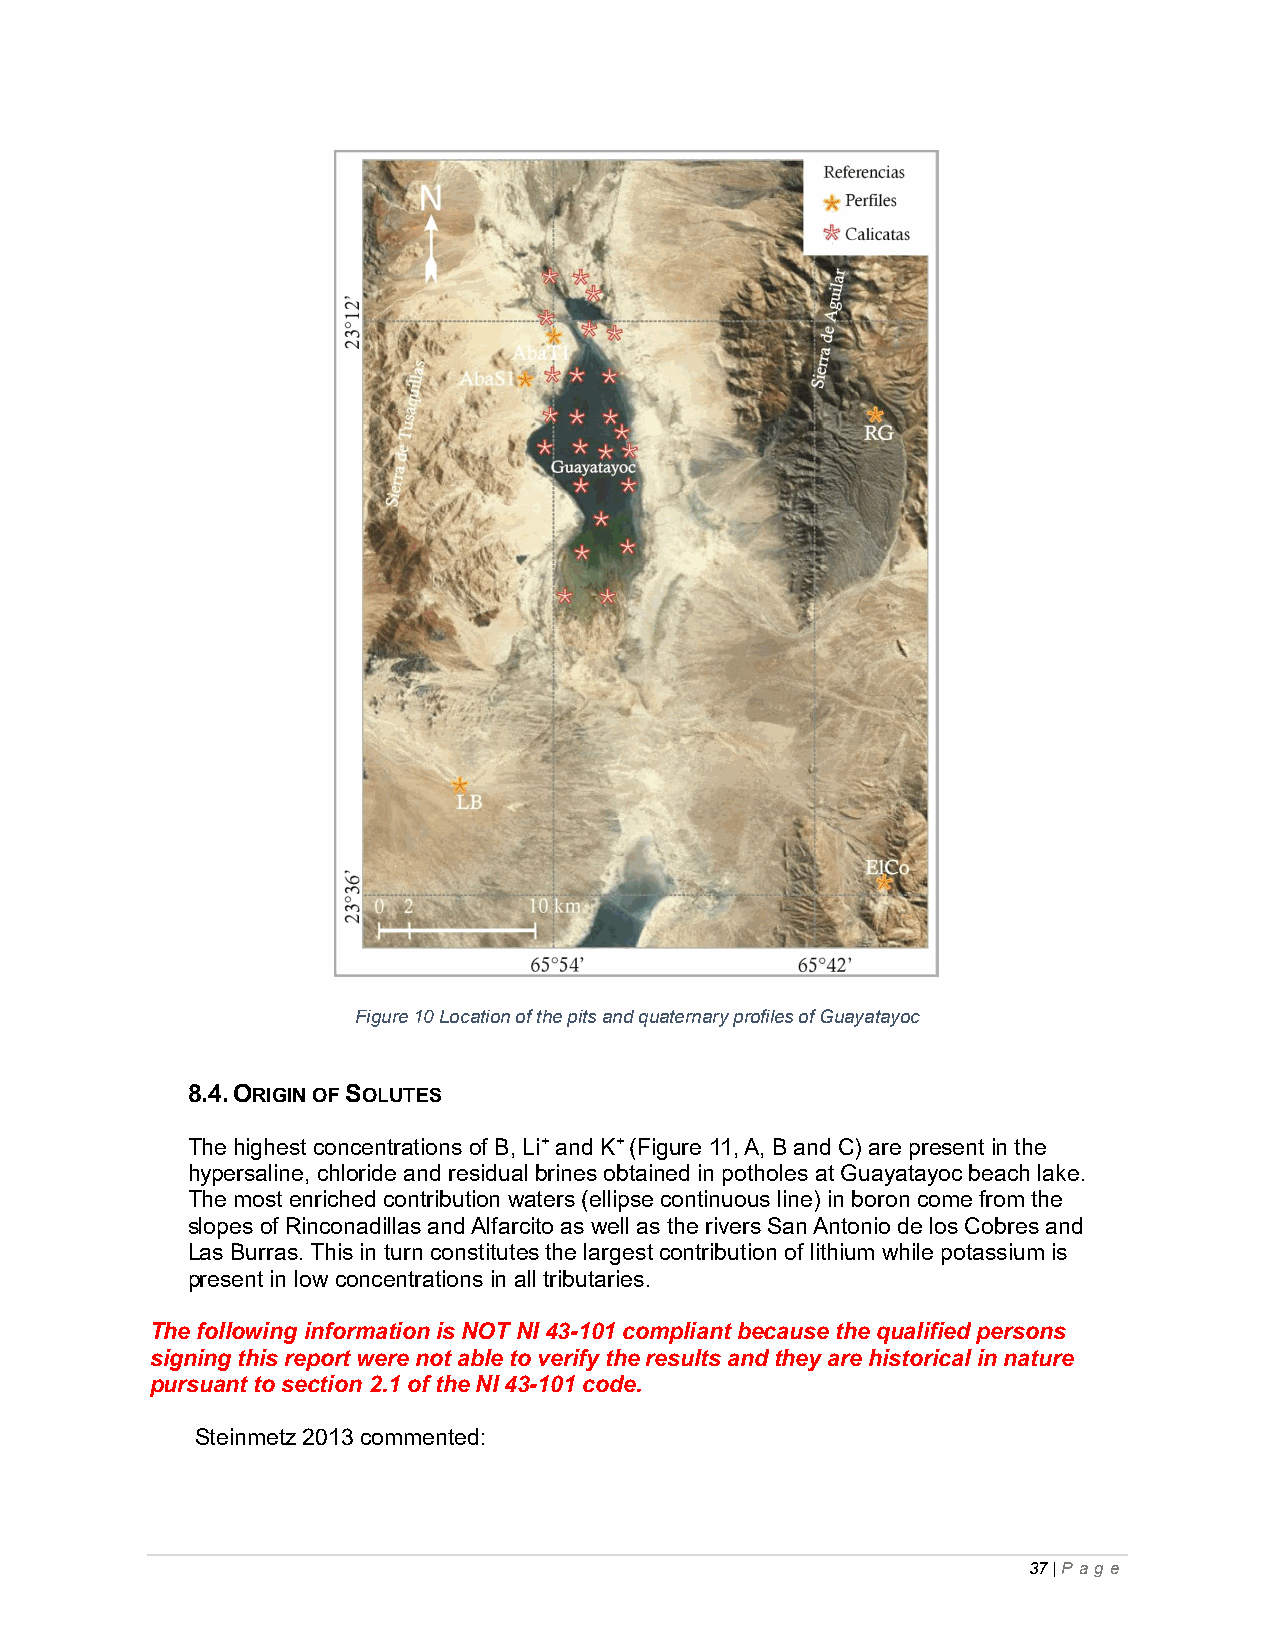
Figure 10 Location of the pits and quaternary profiles of Guayatayoc
 8.4. ORIGIN OF SOLUTES
 The highest concentrations of B, Li+ and K+ (Figure 11, A, B and C) are present in the
 hypersaline, chloride and residual brines obtained in potholes at Guayatayoc beach lake.
 The most enriched contribution waters (ellipse continuous line) in boron come from the
 slopes of Rinconadillas and Alfarcito as well as the rivers San Antonio de los Cobres and
 Las Burras. This in turn constitutes the largest contribution of lithium while potassium is
 present in low concentrations in all tributaries.
 The following information is NOT NI 43-101 compliant because the qualified persons
 signing this report were not able to verify the results and they are historical in nature
 pursuant to section 2.1 of the NI 43-101 code.
 Steinmetz 2013 commented:
 37 | P ag e